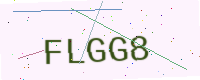
Text: FLGG8